Note on the mental hospitals in Burma - 1925-1940
Year: 1925
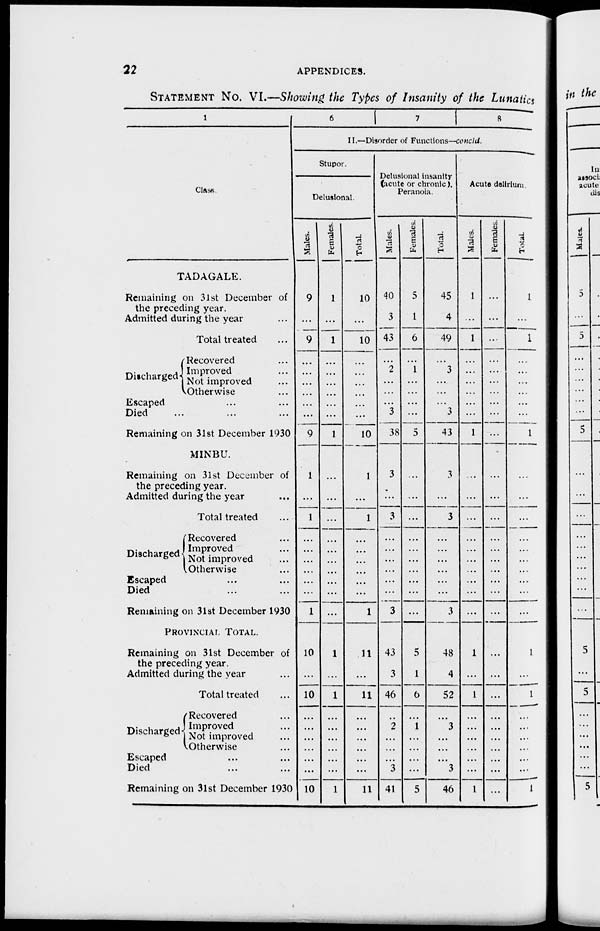
22
APPENDICES.
STATEMENT No. VI.—Showing the Types of Insanity of the Lunatics
1
Class.
TADAGALE.
Remaining on 31st December of
the preceding year.
Admitted during the year ...
Total treated ...
Discharged
Recovered ...
Improved ...
Not improved ...
Otherwise ...
Escaped ... ...
Died ... ... ...
Remaining on 31st December 1930
MINBU.
Remaining on 31st December of
the preceding year.
Admitted during the year ...
Total treated ...
Discharged
Recovered ...
Improved ...
Not improved ...
Otherwise ...
Escaped
...
...
Died
... ...
Remaining on 31st December 1930
PROVINCIAL TOTAL.
Remaining on 31st December of
the preceding year.
Admitted during the year ...
Total treated ...
Discharged
Recovered ...
Improved ...
Not improved ...
Otherwise ...
Escaped ... ...
Died ... ...
Remaining on 31st December 1930
6
7
8
II.—Disorder of Functions—concld.
Stupor.
Delusional.
Males.
9
...
9
...
...
...
...
...
...
9
1
...
1
...
...
...
...
...
...
1
10
...
10
...
...
...
...
...
...
10
Females.
1
...
1
...
...
...
...
...
...
1
...
...
...
...
...
...
...
...
...
...
1
...
1
...
...
...
...
...
...
1
Total.
10
...
10
...
...
...
...
...
...
10
1
...
1
...
...
...
...
...
...
1
11
...
11
...
...
...
...
...
...
11
Delusional insanity
(acute or chronic),
Peranoia.
Males.
40
3
43
...
2
...
...
...
3
38
3
...
3
...
...
...
...
...
...
3
43
3
46
...
2
...
...
...
3
41
Females.
5
1
6
...
1
...
...
...
...
5
...
...
...
...
...
...
...
...
...
...
5
1
6
...
1
...
...
...
...
5
Total.
45
4
49
...
3
...
...
...
3
43
3
...
3
...
...
...
...
...
...
3
48
4
52
...
3
...
...
...
3
46
Acute delirium.
Males.
1
...
1
...
...
...
...
...
...
1
...
...
...
...
...
...
...
...
...
...
1
...
1
...
...
...
...
...
...
1
Females.
...
...
...
...
...
...
...
...
...
...
...
...
...
...
...
...
...
...
...
...
...
...
...
...
...
...
...
...
...
...
Total
1
...
1
...
...
...
...
...
...
1
...
...
...
...
...
...
...
...
...
...
1
...
1
...
...
...
...
...
...
1